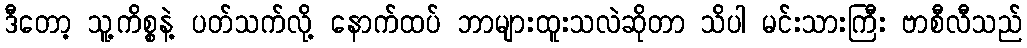
ဒီတော့ သူ့ကိစ္စနဲ့ ပတ်သက်လို့ နောက်ထပ် ဘာများထူးသလဲဆိုတာ သိပါ မင်းသားကြီး ဗာစီလီသည်